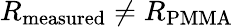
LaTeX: R_{\mathrm{{measured}}}\neq R_{\mathrm{{PMMA}}}